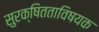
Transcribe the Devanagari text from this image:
सुरक्षितताविषयक